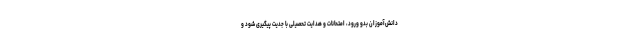
دانش‌آموزان بدو ورود، امتحانات و هدایت تحصیلی با جدیت پیگیری شود و